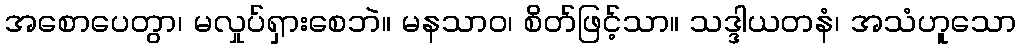
အစောပေတွာ၊ မလှုပ်ရှားစေဘဲ။ မနသာဝ၊ စိတ်ဖြင့်သာ။ သဒ္ဒါယတနံ၊ အသံဟူသော